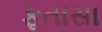
ફતાસા